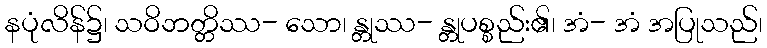
နပုံလိန်၌၊ သဝိဘတ္တိဿ- သော၊ န္တုဿ- န္တုပစ္စည်း၏၊ အံ- အံ အပြုသည်၊